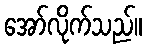
အော်လိုက်သည်။